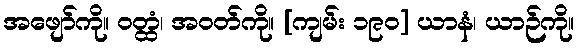
အဖျော်ကို။ ဝတ္ထံ၊ အဝတ်ကို။ [ကျမ်း ၁၉၀] ယာနံ၊ ယာဉ်ကို။